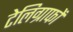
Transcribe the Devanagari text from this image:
टेलिग्राफों